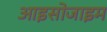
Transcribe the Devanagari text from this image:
आइसोजाइम